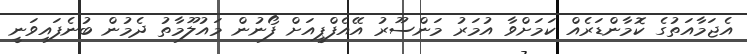
އެޖަމާއަތުގެ ކޮމާންޑަރެއް ކަމަށްވާ އުމަރު މަންސޫރު އޭއެފްޕީއަށް ފޯނުން މައުލޫމާތު ދެމުން ބުނެފައިވަނީ